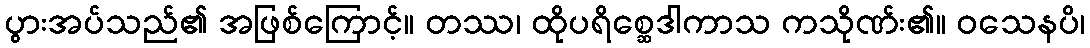
ပွားအပ်သည်၏ အဖြစ်ကြောင့်။ တဿ၊ ထိုပရိစ္ဆေဒါကာသ ကသိုဏ်း၏။ ဝသေနပိ၊